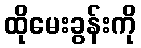
ထိုမေးခွန်းကို